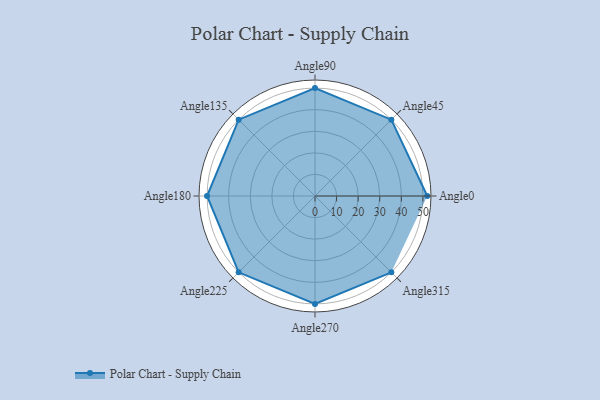
{"axis": {"x": "Angle", "y": "Radius"}, "legend": [""], "data": [{"x": "Angle0", "y": 52.0, "type": ""}, {"x": "Angle45", "y": 50, "type": ""}, {"x": "Angle90", "y": 50, "type": ""}, {"x": "Angle135", "y": 50, "type": ""}, {"x": "Angle180", "y": 50, "type": ""}, {"x": "Angle225", "y": 50, "type": ""}, {"x": "Angle270", "y": 50, "type": ""}, {"x": "Angle315", "y": 50, "type": ""}]}